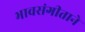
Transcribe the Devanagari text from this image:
भावसंगीताने